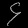
Digit: ၄